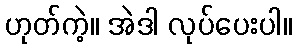
ဟုတ်ကဲ့။ အဲဒါ လုပ်ပေးပါ။